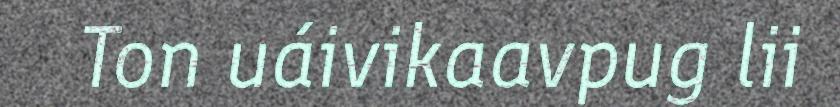
Ton uáivikaavpug lii